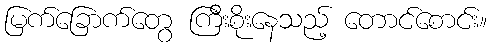
မြက်ခြောက်တွေ ကြီးစိုးနေသည့် တောင်စောင်း။